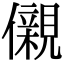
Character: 儭